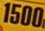
1500